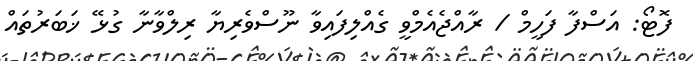
ފޮޓޯ: އަސްފާ ފަހީމް / ރާއްޖެއެމްވީ ގެއްލިފައިވާ ނޫސްވެރިޔާ ރިލްވާނާ ގުޅޭ ޚަބަރުތައް